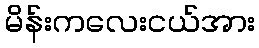
မိန်းကလေးငယ်အား